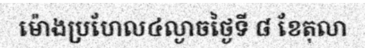
ម៉ោងប្រហែល៤ល្ងាចថ្ងៃទី ៨ ខែតុលា